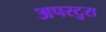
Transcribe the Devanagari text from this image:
अपरटुरा